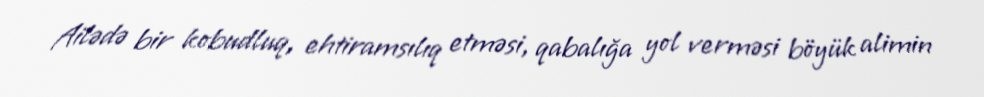
Ailədə bir kobudluq, ehtiramsılıq etməsi, qabalığa yol verməsi böyük alimin